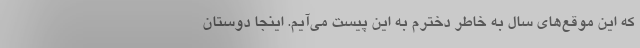
که این موقع‌های سال به خاطر دخترم به این پیست می‌آیم. اینجا دوستان